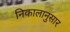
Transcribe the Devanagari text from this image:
निकालानुसार